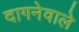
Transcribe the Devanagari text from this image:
दागनेवाले